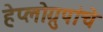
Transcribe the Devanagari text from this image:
हेप्लोग्रुपांचे